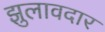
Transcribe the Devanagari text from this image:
झुलावदार